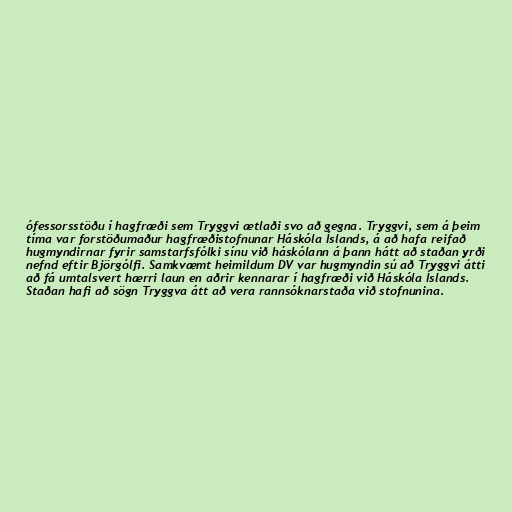
ófessorsstöðu í hagfræði sem Tryggvi ætlaði svo að gegna. Tryggvi, sem á þeim
tíma var forstöðumaður hagfræðistofnunar Háskóla Íslands, á að hafa reifað
hugmyndirnar fyrir samstarfsfólki sínu við háskólann á þann hátt að staðan yrði
nefnd eftir Björgólfi. Samkvæmt heimildum DV var hugmyndin sú að Tryggvi átti
að fá umtalsvert hærri laun en aðrir kennarar í hagfræði við Háskóla Íslands.
Staðan hafi að sögn Tryggva átt að vera rannsóknarstaða við stofnunina.